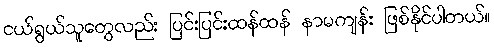
ငယ်ရွယ်သူတွေလည်း ပြင်းပြင်းထန်ထန် နာမကျန်း ဖြစ်နိုင်ပါတယ်။